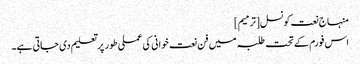
منہاج نعت کونسل[ترمیم]
اس فورم کے تحت طلبہ میں فن نعت خوانی کی عملی طور پر تعلیم دی جاتی ہے۔